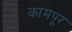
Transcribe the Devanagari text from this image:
कामपूर